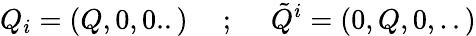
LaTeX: Q_{i}=(Q,0,0..)~~~~~;~~~~~{\tilde{Q}}^{i}=(0,Q,0,..)